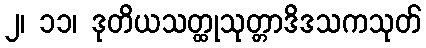
၂၊ ၁၁၊ ဒုတိယသတ္ထုသုတ္တာဒိဒသကသုတ်